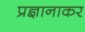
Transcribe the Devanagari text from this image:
प्रज्ञानाकर